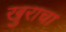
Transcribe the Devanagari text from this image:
खुराचा